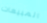
المبيعات